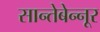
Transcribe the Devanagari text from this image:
सान्तेबेन्नूर